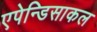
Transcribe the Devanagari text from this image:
एपेन्डिसाकल